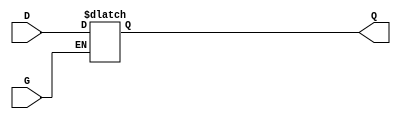
module GatedTransparentLatch (
    input wire D,      // Data input
    input wire G,      // Enable signal
    output reg Q       // Output
);

// Always block that is sensitive to the enable signal
always @(*) begin
    if (G) begin
        Q = D;       // Transparent mode: output follows input
    end
    // When G is low, Q retains its last value (hold mode)
end

endmodule